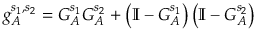
g _ { A } ^ { s _ { 1 } , s _ { 2 } } = G _ { A } ^ { s _ { 1 } } G _ { A } ^ { s _ { 2 } } + \left( \mathbb { I } - G _ { A } ^ { s _ { 1 } } \right) \left( \mathbb { I } - G _ { A } ^ { s _ { 2 } } \right)